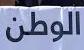
الوطن